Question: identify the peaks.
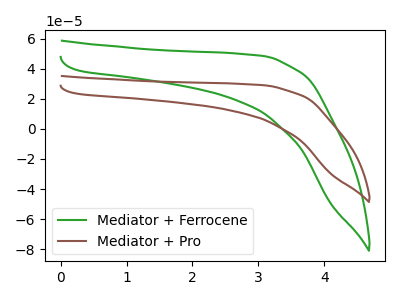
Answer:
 <answer>The green curve "Mediator + Ferrocene" has no peaks. The brown curve "Mediator + Pro" has no peaks.</answer>
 <eval></eval>